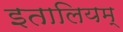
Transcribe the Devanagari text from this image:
इतालियम्